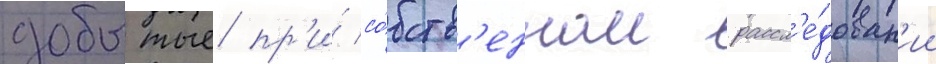
добытые пр'и́ со́бств'енном рассл'е́дован'ии